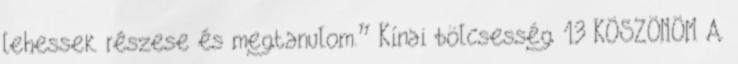
lehessek részese és megtanulom.” Kínai bölcsesség 13 KÖSZÖNÖM A